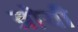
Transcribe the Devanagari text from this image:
त्रोयी